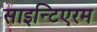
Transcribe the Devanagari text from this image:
साइन्टिएरम